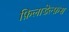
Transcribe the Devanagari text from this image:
फ़िलाडेल्फ़स